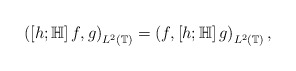
\begin{align*}\left(\left[h;\mathbb H\right]f , g\right)_{L^2(\mathbb T)}=\left(f ,\left[h;\mathbb H\right]g\right)_{L^2(\mathbb T)},\end{align*}